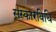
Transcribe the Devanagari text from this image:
संस्कारविधि